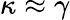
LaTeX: \kappa\approx\gamma